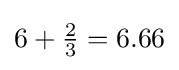
6+{\tfrac {2}{3}}=6.66